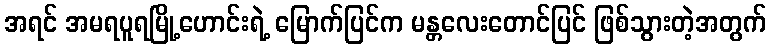
အရင် အမရပူရမြို့ဟောင်းရဲ့ မြောက်ပြင်က မန္တလေးတောင်ပြင် ဖြစ်သွားတဲ့အတွက်